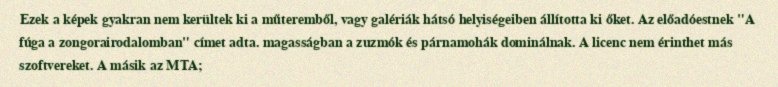
Ezek a képek gyakran nem kerültek ki a műteremből, vagy galériák hátsó helyiségeiben állította ki őket. Az előadóestnek "A fúga a zongorairodalomban" címet adta. magasságban a zuzmók és párnamohák dominálnak. A licenc nem érinthet más szoftvereket. A másik az MTA;